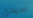
سيدي